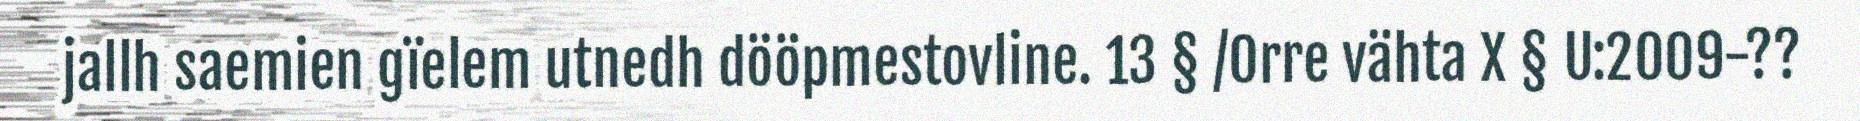
jallh saemien gïelem utnedh dööpmestovline. 13 § /Orre vähta X § U:2009-??